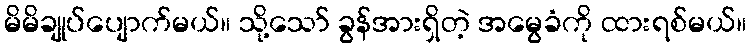
မိမိချုပ်ပျောက်မယ်။ သို့သော် ခွန်အားရှိတဲ့ အမွေခံကို ထားရစ်မယ်။